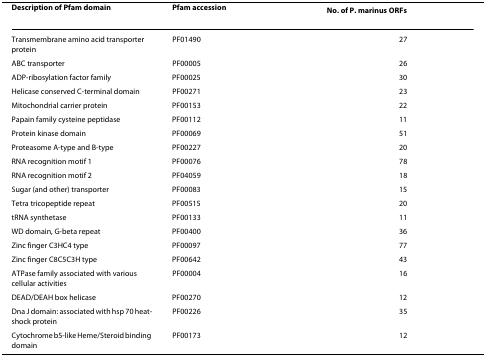
<table><thead><tr><td><b>Description of Pfam domain</b></td><td><b>Pfam accession</b></td><td><b>No. of <i>P. marinus </i>ORFs</b></td></tr></thead><tbody><tr><td>Transmembrane amino acid transporter protein</td><td>PF01490</td><td>27</td></tr><tr><td>ABC transporter</td><td>PF00005</td><td>26</td></tr><tr><td>ADP-ribosylation factor family</td><td>PF00025</td><td>30</td></tr><tr><td>Helicase conserved C-terminal domain</td><td>PF00271</td><td>23</td></tr><tr><td>Mitochondrial carrier protein</td><td>PF00153</td><td>22</td></tr><tr><td>Papain family cysteine peptidase</td><td>PF00112</td><td>11</td></tr><tr><td>Protein kinase domain</td><td>PF00069</td><td>51</td></tr><tr><td>Proteasome A-type and B-type</td><td>PF00227</td><td>20</td></tr><tr><td>RNA recognition motif 1</td><td>PF00076</td><td>78</td></tr><tr><td>RNA recognition motif 2</td><td>PF04059</td><td>18</td></tr><tr><td>Sugar (and other) transporter</td><td>PF00083</td><td>15</td></tr><tr><td>Tetra tricopeptide repeat</td><td>PF00515</td><td>20</td></tr><tr><td>tRNA synthetase</td><td>PF00133</td><td>11</td></tr><tr><td>WD domain, G-beta repeat</td><td>PF00400</td><td>36</td></tr><tr><td>Zinc finger C3HC4 type</td><td>PF00097</td><td>77</td></tr><tr><td>Zinc finger C8C5C3H type</td><td>PF00642</td><td>43</td></tr><tr><td>ATPase family associated with various cellular activities</td><td>PF00004</td><td>16</td></tr><tr><td>DEAD/DEAH box helicase</td><td>PF00270</td><td>12</td></tr><tr><td>Dna J domain: associated with hsp 70 heat-shock protein</td><td>PF00226</td><td>35</td></tr><tr><td>Cytochrome b5-like Heme/Steroid binding domain</td><td>PF00173</td><td>12</td></tr></tbody></table>